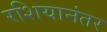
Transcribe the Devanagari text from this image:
रशियानंतर